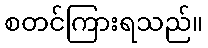
စတင်ကြားရသည်။